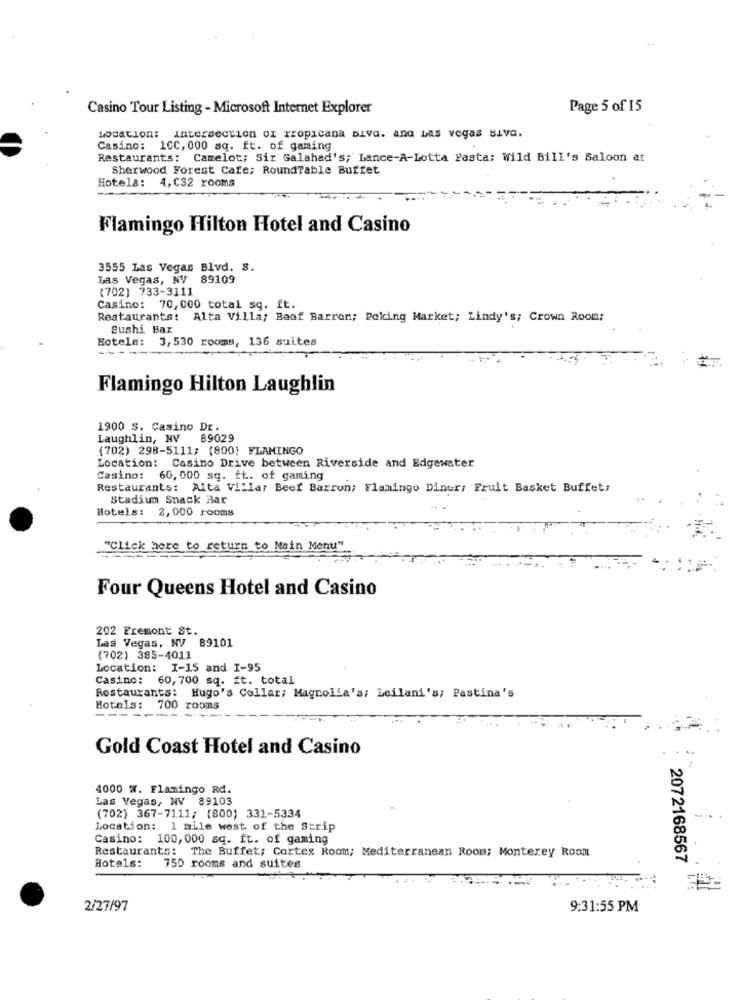
Casino Tour Listing - Microsoft Internet Explorer
Page 5 of 15
Location: intersection ox Tropicana Bia. and Las vegas siva.
Casino: 100, 000 sq. ft. of gaming
Restaurants: Camelot; Sir Galahad's; Lance-A-Lotta Pasta; Wild Bill's Saloon at
Sherwood Forest Cafe; RoundTable Buffet
Hotels: 4,032 rooms
Flamingo Hilton Hotel and Casino
3555 Las Vegas Blvd. S.
Las Vegas, NV 89109
(702) 733-3111
Casino: 70,000 total sq. ft.
Restaurants: Alta Villa; Baof Barron; Peking Market; Lindy's; Crown Room;
Sushi Bar
Hotels: 3,530 rooms, 136 suites
Flamingo Hilton Laughlin
1900 S. Casino DE.
Laughlin, NV 89029
(702) 298-5111; (800; FLAMINGO
Location: Casino Drive between Riverside and Edgewater
Casino: 60,000 sq. ft. of gaming
Restaurants: Alta Villar Beef Barron; Flamingo Diner; Fruit Basket Buffet:
Stadium Snack Bar
Hotels:
2,000 rooms
"Click here to return to Main Menu"
Four Queens Hotel and Casino
202 Fremont St.
Las Vegas, NV 89101
(702) 385-4011
Location: I-15 and I-95
Casino: 60,700 sq. ft. total
Restaurants: Hugo's Collar; Magnolia's; Leilani's; Pastina's
Hotels: 700 rooms
----
Gold Coast Hotel and Casino
4000 W. Flamingo Rd.
Las Vegas, NV 89103
.
(702) 367-7111; (800) 331-5334
Location: 1 mile west of the Strip
Casino: 100,000 sq. ft. of gaming
Restaurants: The Buffet; Cortes Room; Mediterranean Room; Monterey Room
Hotels:
2072168567
750 rooms and suites
2/27/97
9:31:55 PM